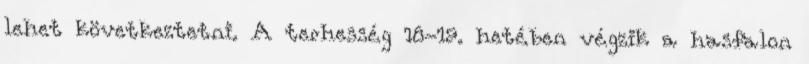
lehet következtetni. A terhesség 18-19. hetében végzik a hasfalon